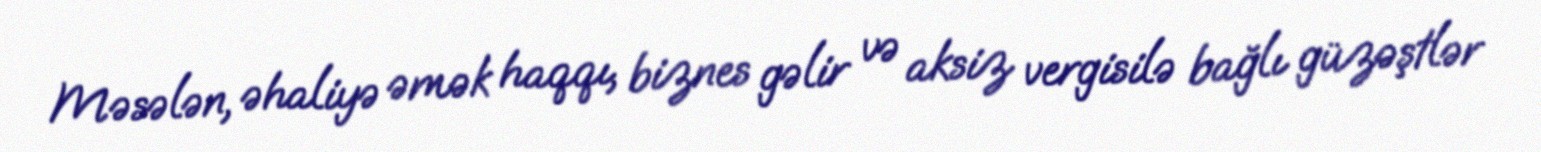
Məsələn, əhaliyə əmək haqqı, biznes gəlir və aksiz vergisilə bağlı güzəştlər